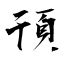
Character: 頇